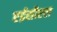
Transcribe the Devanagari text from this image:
एईसीएल